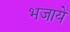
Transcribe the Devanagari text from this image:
भजायें